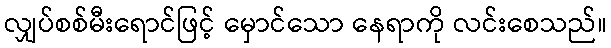
လျှပ်စစ်မီးရောင်ဖြင့် မှောင်သော နေရာကို လင်းစေသည်။